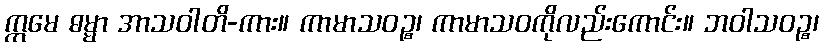
ဣမေ ဓမ္မာ အာသဝါတိ-ကား။ ကာမာသဝဉ္စ၊ ကာမာသဝကိုလည်းကောင်း။ ဘဝါသဝဉ္စ၊